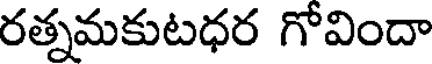
రత్నమకుటధర గోవిందా